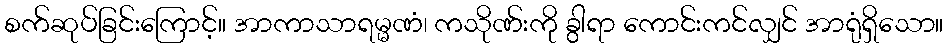
စက်ဆုပ်ခြင်းကြောင့်။ အာကာသာရမ္မဏံ၊ ကသိုဏ်းကို ခွါရာ ကောင်းကင်လျှင် အာရုံရှိသော။